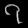
Digit: ၇